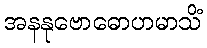
အနနုဗောဓောဟမာသိံ